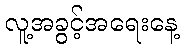
လူ့အခွင့်အရေးနေ့